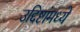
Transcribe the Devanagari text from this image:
उद्दिष्टांमध्ये